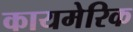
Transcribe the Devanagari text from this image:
कायमेरिक